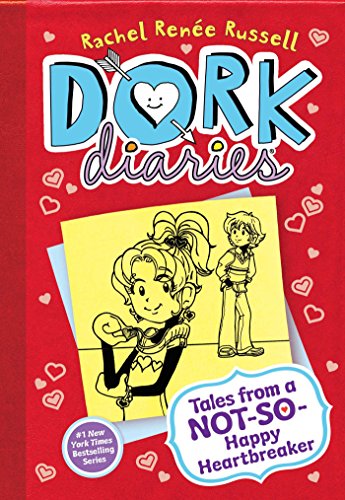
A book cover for Dork Diaries 6: Tales from a Not-So-Happy Heartbreaker; Rachel RenÃ©e Russell; Children's Books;